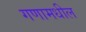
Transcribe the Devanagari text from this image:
गणामधील